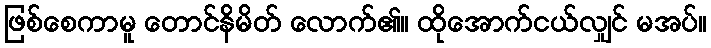
ဖြစ်စေကာမူ တောင်နိမိတ် လောက်၏။ ထိုအောက်ငယ်လျှင် မအပ်။